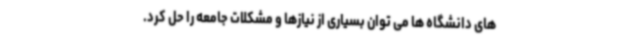
های دانشگاه ها می توان بسیاری از نیازها و مشکلات جامعه را حل کرد.